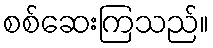
စစ်ဆေးကြသည်။